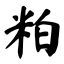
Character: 粕